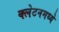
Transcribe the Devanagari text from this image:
क्लेटनमध्ये